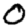
Digit: 0